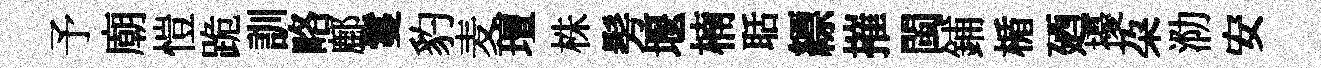
予廟愷跪訓略鄜鬘豹麦璮株髣堰楠聒縹摧閩鋪楯廼擾朶泐安